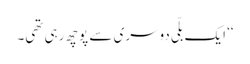
‘‘ ایک بلّی دوسری سے پوچھ رہی تھی۔